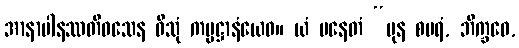
အာနာပါနဿတိဝသေန ဝိသုံ ကမ္မဋ္ဌာနံယေဝ။ ယံ ပနေတံ “ပုန စပရံ, ဘိက္ခဝေ,